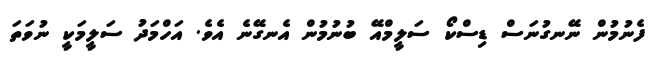
ފެނުމުން ނޭނގުނަސް ޑިސްކޯ ސަލީމްއޭ ބުނުމުން އެނގޭނެ އެވެ. އަހްމަދު ސަލީމަކީ ނުވަތަ